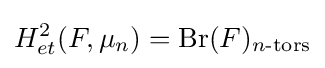
H_{et}^{2}(F,\mu _{n})={\text{Br}}(F)_{n{\text{-tors}}}